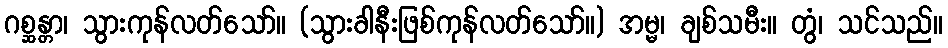
ဂစ္ဆန္တာ၊ သွားကုန်လတ်သော်။ (သွားခါနီးဖြစ်ကုန်လတ်သော်။) အမ္မ၊ ချစ်သမီး။ တွံ၊ သင်သည်။